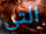
التي